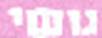
גושי